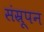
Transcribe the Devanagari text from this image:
संस्रूपन